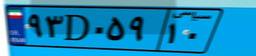
۱۶D۵۲۴۹۰